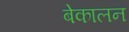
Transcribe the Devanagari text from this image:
बेकालन